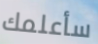
سأعلمك